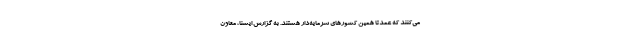
می‌کنند که عمدتا همین کشورهای سرمایه‌دار هستند. به گزارش ایسنا، معاون